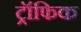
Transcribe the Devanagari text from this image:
ट्रॉफिक